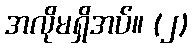
အလိုမရှိအပ်။ (၂)